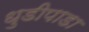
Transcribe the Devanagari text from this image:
धुडीपाडा